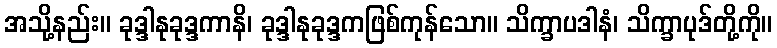
အသို့နည်း။ ခုဒ္ဒါနုခုဒ္ဒကာနိ၊ ခုဒ္ဒါနုခုဒ္ဒကဖြစ်ကုန်သော။ သိက္ခာပဒါနံ၊ သိက္ခာပုဒ်တို့ကို။